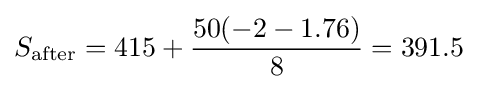
S_{\text{after}}={\text{415}}+{50(-2-1.76) \over 8}=391.5